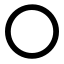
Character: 〇